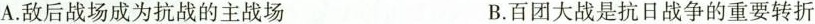
A.敌后战场成为抗战的主战场B.百团大战是抗日战争的重要转折